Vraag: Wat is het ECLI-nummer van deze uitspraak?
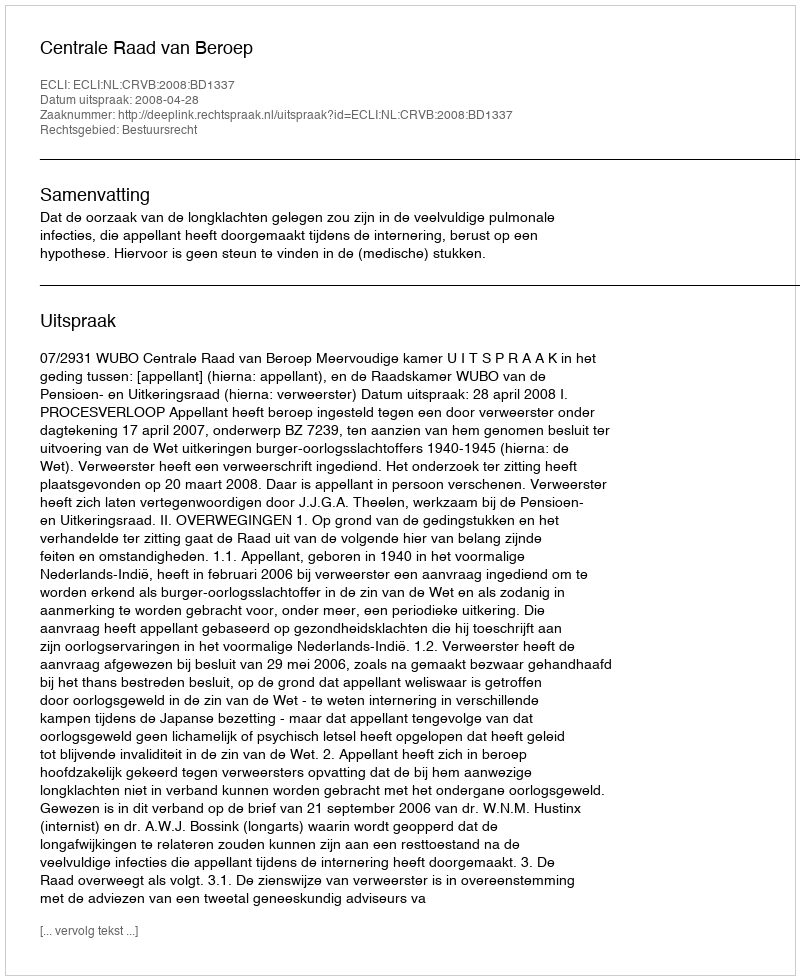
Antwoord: ECLI:NL:CRVB:2008:BD1337